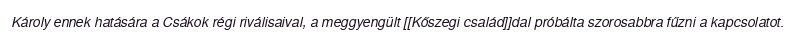
Károly ennek hatására a Csákok régi riválisaival, a meggyengült [[Kőszegi család]]dal próbálta szorosabbra fűzni a kapcsolatot.